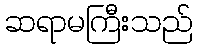
ဆရာမကြီးသည်